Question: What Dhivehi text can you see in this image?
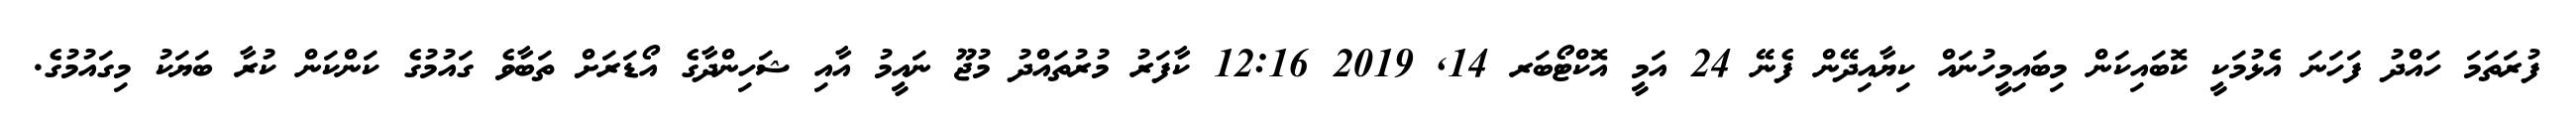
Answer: ފުރަތަމަ ހައްދު ފަހަނަ އެޅުމަކީ ކޮބައިކަން މިބައިމީހުނައް ކިޔާއިދޭން ފެނޭ 24 އަމީ އޮކްޓޯބަރ 14, 2019 12:16 ކާފަރު މުރުތައްދު މުޖޫ ނައީމު އާއި ޝަހިންދާގެ އޯޑަރަށް ތަބާވެ ގައުމުގެ ކަންކަން ކުރާ ބަޔަކު މިގައުމުގެ.